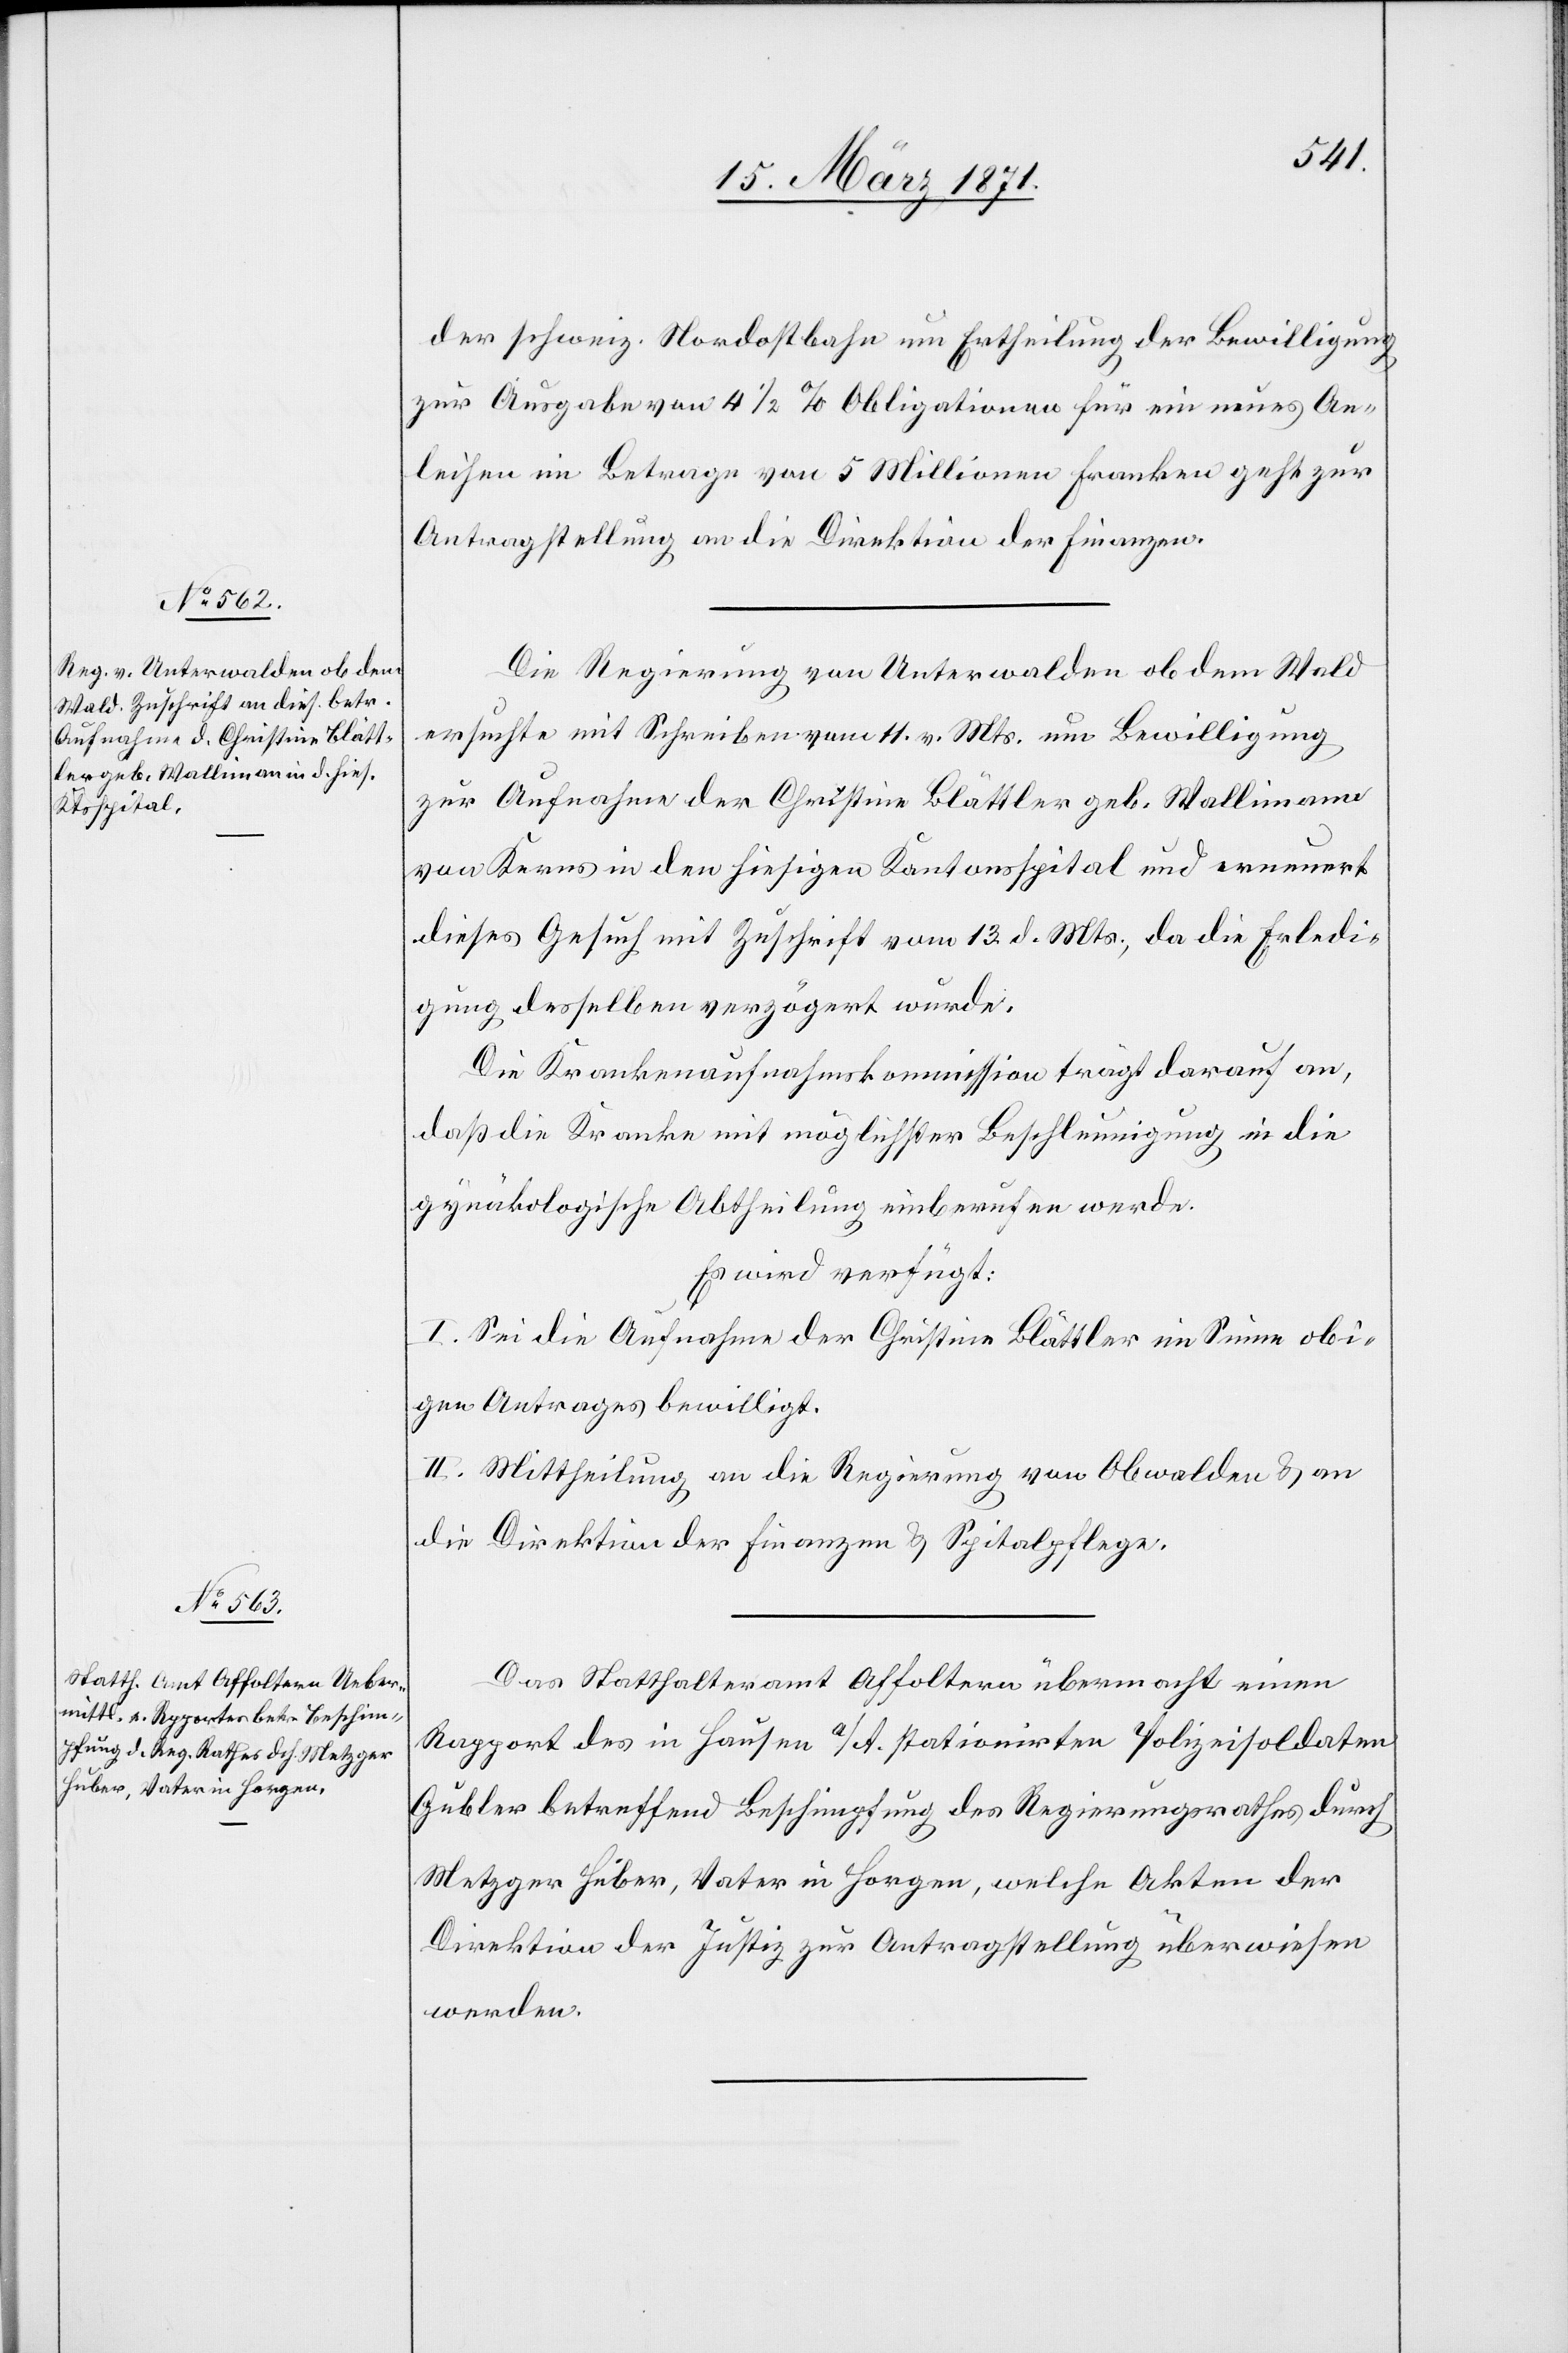
17. März 1871.]
der schweiz. Nordostbahn um Ertheilung der Bewilligung
zur Ausgabe von 4 1/2 % Obligationen für ein neues An¬
leihen im Betrage von 5 Millionen Franken geht zur
Antragstellung an die Direktion der Finanzen.
Die Regierung von Unterwalden ob dem Wald
ersuchte mit Schreiben vom 11. v. Mts. um Bewilligung
zur Aufnahme der Christine Blättler geb. Wallimann
von Kerns in den hiesigen Kantonsspital und erneuert
dieses Gesuch mit Zuschrift vom 13. d. Mts., da die Erledi¬
gung desselben verzögert wurde.
Die Krankenaufnahmskommission trägt darauf an,
daß die Kranke mit möglichster Beschleunigung in die
gynäkologische Abtheilung einberufen werde.
Es wird verfügt:
I. Sei die Aufnahme der Christine Blättler im Sinne obi¬
gen Antrages bewilligt.
II. Mittheilung an die Regierung von Obwalden u. an
die Direktion der Finanzen u. Spitalpflege.
Das Statthalteramt Affoltern übermacht einen
Rapport des in Hausen a/ A. stationirten Polizeisoldaten
Gubler betreffend Beschimpfung des Regierungsrathes durch
Metzger Huber, Vater in Horgen, welche Akten der
Direktion der Justiz zur Antragstellung überwiesen
werden.